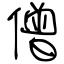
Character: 僧